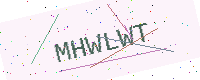
Text: MHWLWT